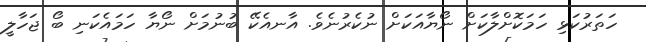
ހަތަރުކަޅި ހަމަކޮށްލާކަށް ނޯޔާއަކަށް ނުކެރުނެވެ. އާނއެކޭ ބުނުމަށް ނޯޔާ ހަމައެކަނި ބޯ ޖަހާލީ